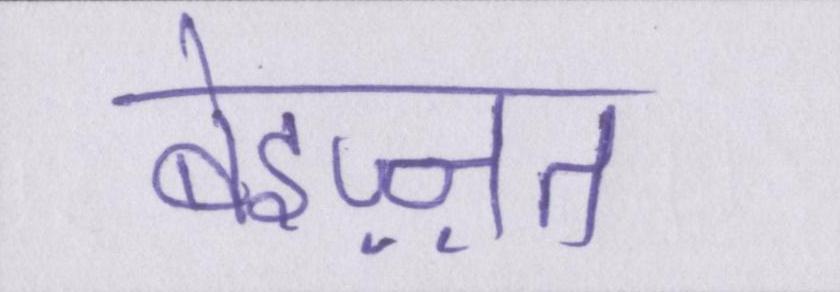
बेइज़्ज़त